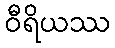
ဝီရိယဿ